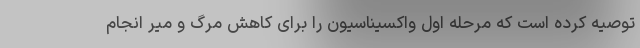
توصیه کرده است که مرحله اول واکسیناسیون را برای کاهش مرگ و میر انجام